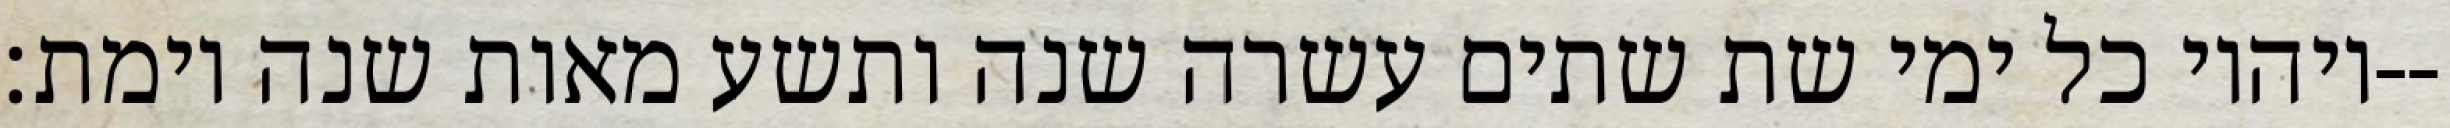
ויהיו כל ימי שת שתים עשרה שנה ותשע מאות שנה וימת׃--